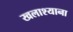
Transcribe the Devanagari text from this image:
खलाश्याना